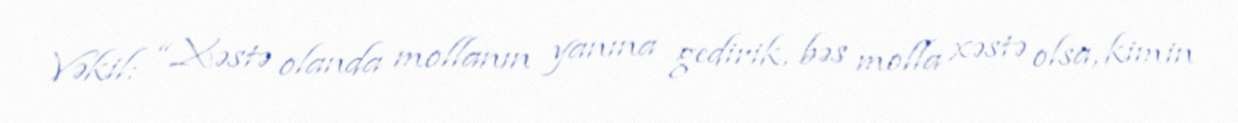
Vəkil: “Xəstə olanda mollanın yanına gedirik, bəs molla xəstə olsa, kimin